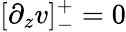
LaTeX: [\partial_{z}v]_{-}^{+}=0